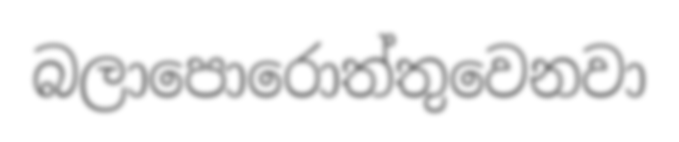
බලාපොරොත්තුවෙනවා